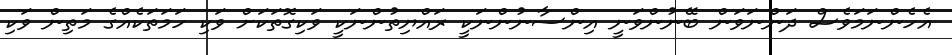
އެހެންނަމަވެސް ދަންނަވަން ބޭނުންވަނީ އިންސާނުންނަކީ ރައްޔިތުންނަކީ ވަކިގޮތަކަށް ވަކި ހަމަތަކެއްގެ މަތިން ވަކި